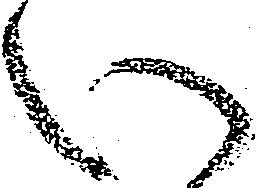
い